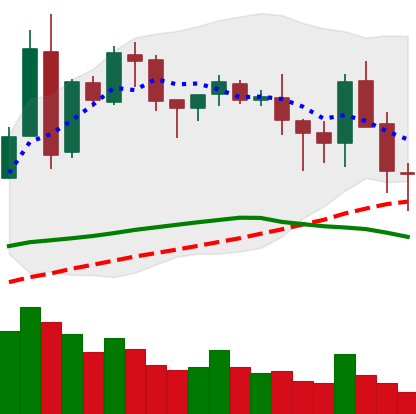
Ticker: BNB-USD
Chart end date: 2018-05-12
Forward return: -3.7%
Label: down_3_5